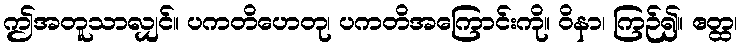
ဤအတူသာလျှင်။ ပကတိဟေတု၊ ပကတိအကြောင်းကို။ ဝိနာ၊ ကြဉ်၍။ ဧတ္ထ၊